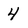
Character: 4